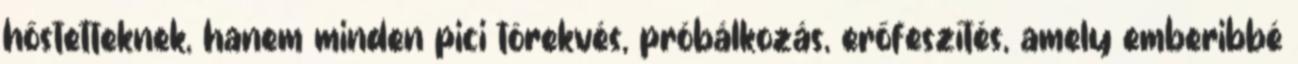
hőstetteknek, hanem minden pici törekvés, próbálkozás, erőfeszítés, amely emberibbé